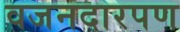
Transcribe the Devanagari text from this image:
वजनदारपण